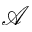
\mathcal { A }